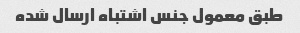
طبق معمول جنس اشتباه ارسال شده